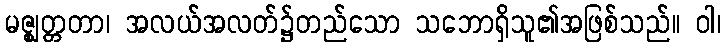
မဇ္ဈတ္တတာ၊ အလယ်အလတ်၌တည်သော သဘောရှိသူ၏အဖြစ်သည်။ ဝါ၊